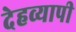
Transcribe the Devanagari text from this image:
देहव्यापी